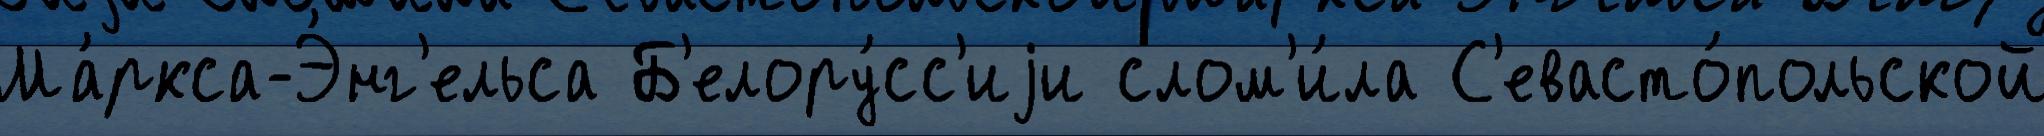
Ма́ркса-Э́нг'ельса Б'елору́сс'иjи слом'и́ла С'евасто́польской